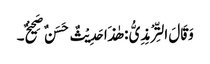
وَقَالَ التِّرْمِذِیُّ : ھٰذَا حَدِیْثٌ حَسَنٌ صَحِیْحٌ۔